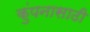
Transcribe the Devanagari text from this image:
कुंपनासाठी